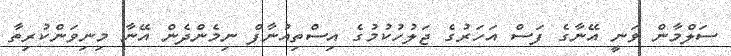
ސަލްމާން ވަނީ އޭނާގެ ފަސް އަހަރުގެ ޖަލުހުކުމުގެ އިސްތިއުނާފް ނިމެންދެން އޭނާ މިނިވަންކުރިތާ